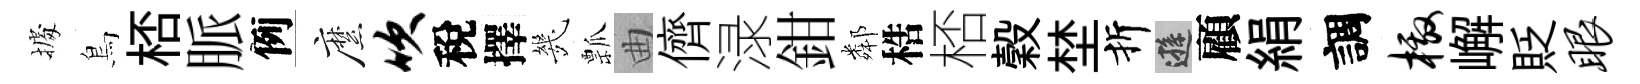
𢴃鳥桮脈例縻吹稅擇㡬瓢曲儕渌鉗鄰梏桮穀埜折遜顧絹調檄嶰貶眼